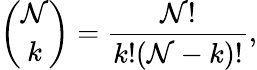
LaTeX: {\binom{\mathcal{N}}{k}}={\frac{{\mathcal{N}!}}{{k!(\mathcal{N}-k)!}}},